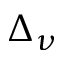
\Delta _ { \nu }